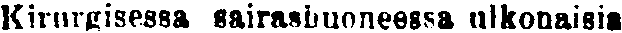
Kirurgisessa sairashuoneessa ulkonaisis